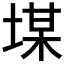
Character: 𡎡